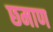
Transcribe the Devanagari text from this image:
छमाण